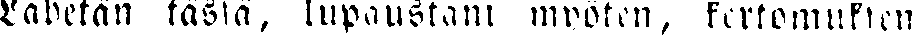
Lähetän tässä, lupaustani myöten, kertomuksen